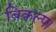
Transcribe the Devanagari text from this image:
विकल्प।